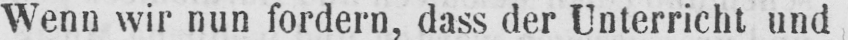
Wenn wir nun fordern, dass der Unterricht und